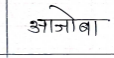
मजकूर: आजोबा